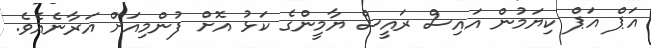
އަޕް އަޕް ކިޔަމުން އައިސް ރައީސް ޔާމީންގެ ކަޅު އޮށް ފުންމިއަށް އަރާނެއެވެ.